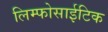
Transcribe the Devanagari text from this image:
लिम्फोसाईटिक